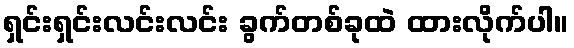
ရှင်းရှင်းလင်းလင်း ခွက်တစ်ခုထဲ ထားလိုက်ပါ။